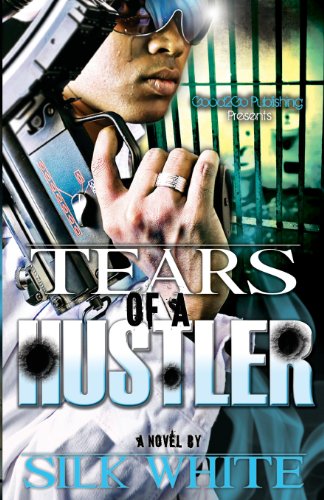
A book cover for Tears Of A Hustler; Silk White; Literature & Fiction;